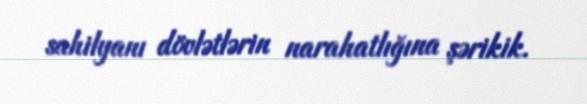
sahilyanı dövlətlərin narahatlığına şərikik.